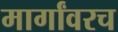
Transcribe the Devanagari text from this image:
मार्गांवरच